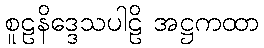
စူဠနိဒ္ဒေသပါဠိ အဋ္ဌကထာ